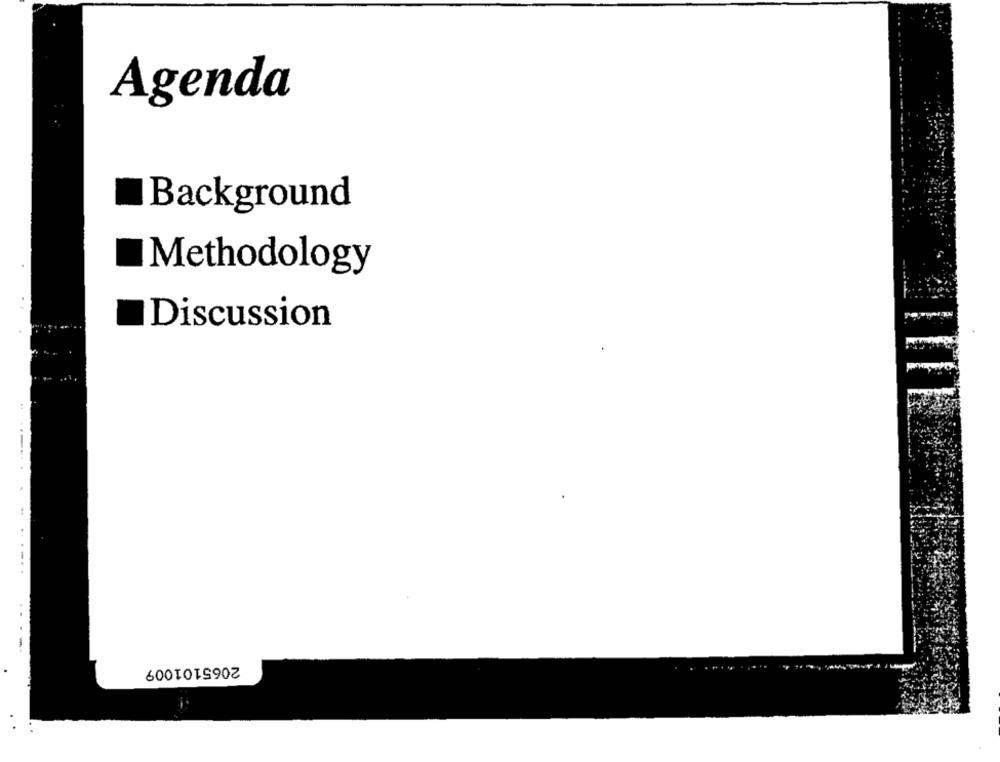
Agenda
Background
Methodology
Discussion
-
2065101009